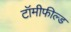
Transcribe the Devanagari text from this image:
टॉमीफील्ड